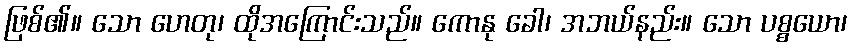
ဖြစ်၏။ သော ဟေတု၊ ထိုအကြောင်းသည်။ ကောနု ခေါ၊ အဘယ်နည်း။ သော ပစ္စယော၊